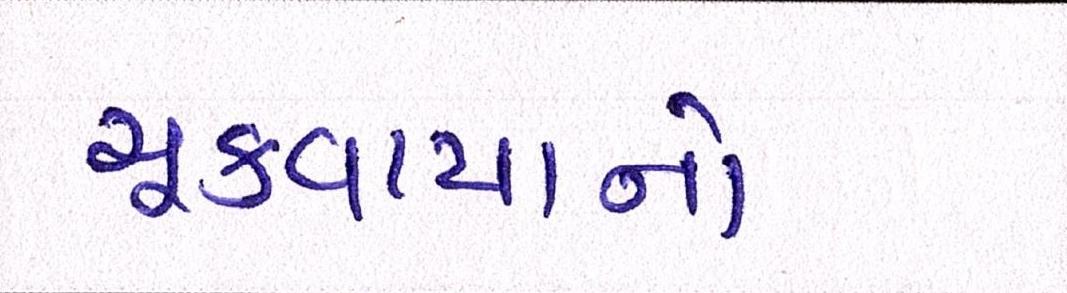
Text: ચૂકવાયાનો